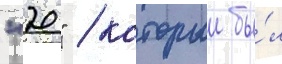
"20" / которыи бы́л